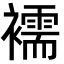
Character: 襦